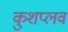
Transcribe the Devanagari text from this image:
कुशप्लव